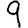
Digit: 9